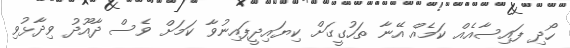
ހޯދި ފައިސާއެއް ކަމެއް އޭނާ ތަހުގީގަށް ކިޔައިދީފައިނުވާ ކަމަށް ވެސް ދާއޫދު ވިދާޅުވި